Lunatic asylums Central Provinces reports 1886-1894 - 1886-1894
Year: 1886
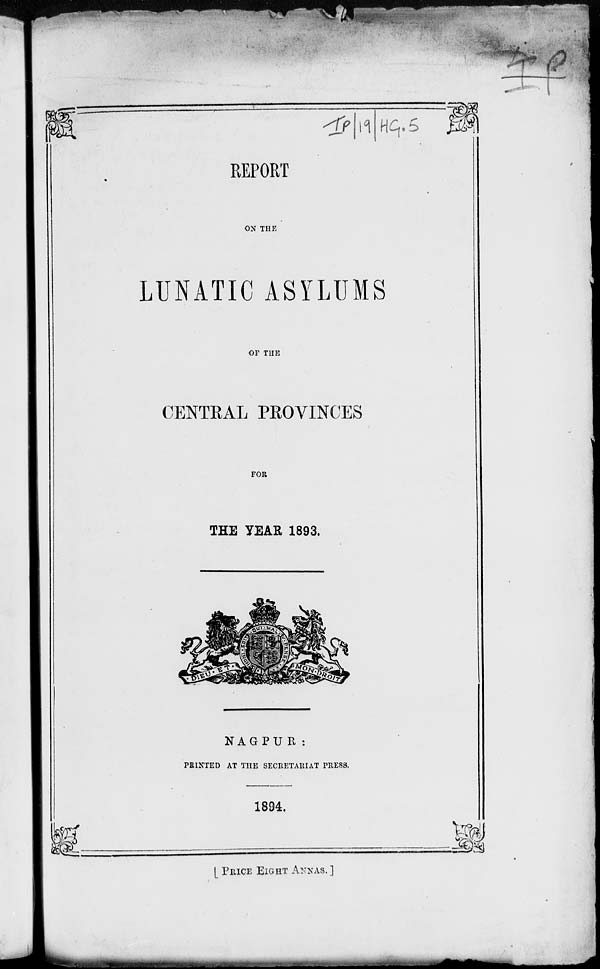
REPORT
ON THE
LUNATIC ASYLUMS
OF THE
CENTRAL PROVINCES
FOR
THE YEAR 1893.
NAGPUR :
PRINTED AT THE SECRETARIAT PRESS.
1894.
[ PRICE EIGHT ANNAS. ]